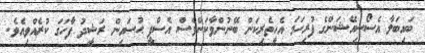
ބައިބަލާ އެސޯސިއޭޝަންގެ ފުރިހަމަ އެހީތެރިކަން ބޭނުންވާކަންވެސް އެސްޕީ ޙުސައިން ރަޝީދު ފާހަގަ ކުރެއްވިއެވެ.